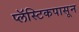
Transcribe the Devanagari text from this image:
प्लॅस्टिकपासून